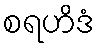
စရဟိဒံ